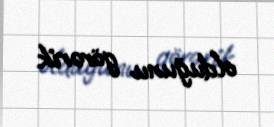
olduğunu görərik.